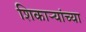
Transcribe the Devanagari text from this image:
शिकाऱ्यांच्या